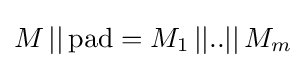
M\,||\,{\text{pad}}=M_{1}\,||..||\,M_{m}